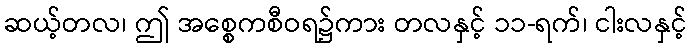
ဆယ့်တလ၊ ဤ အစ္စေကစီဝရ၌ကား တလနှင့် ၁၁-ရက်၊ ငါးလနှင့်